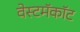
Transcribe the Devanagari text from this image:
वेस्टमॅकॉट